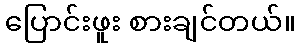
ပြောင်းဖူး စားချင်တယ်။